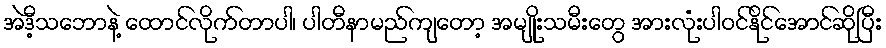
အဲဒီ့သဘောနဲ့ ထောင်လိုက်တာပါ၊ ပါတီနာမည်ကျတော့ အမျိုးသမီးတွေ အားလုံးပါဝင်နိုင်အောင်ဆိုပြီး